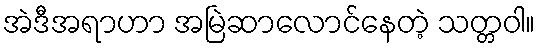
အဲဒီအရာဟာ အမြဲဆာလောင်နေတဲ့ သတ္တဝါ။